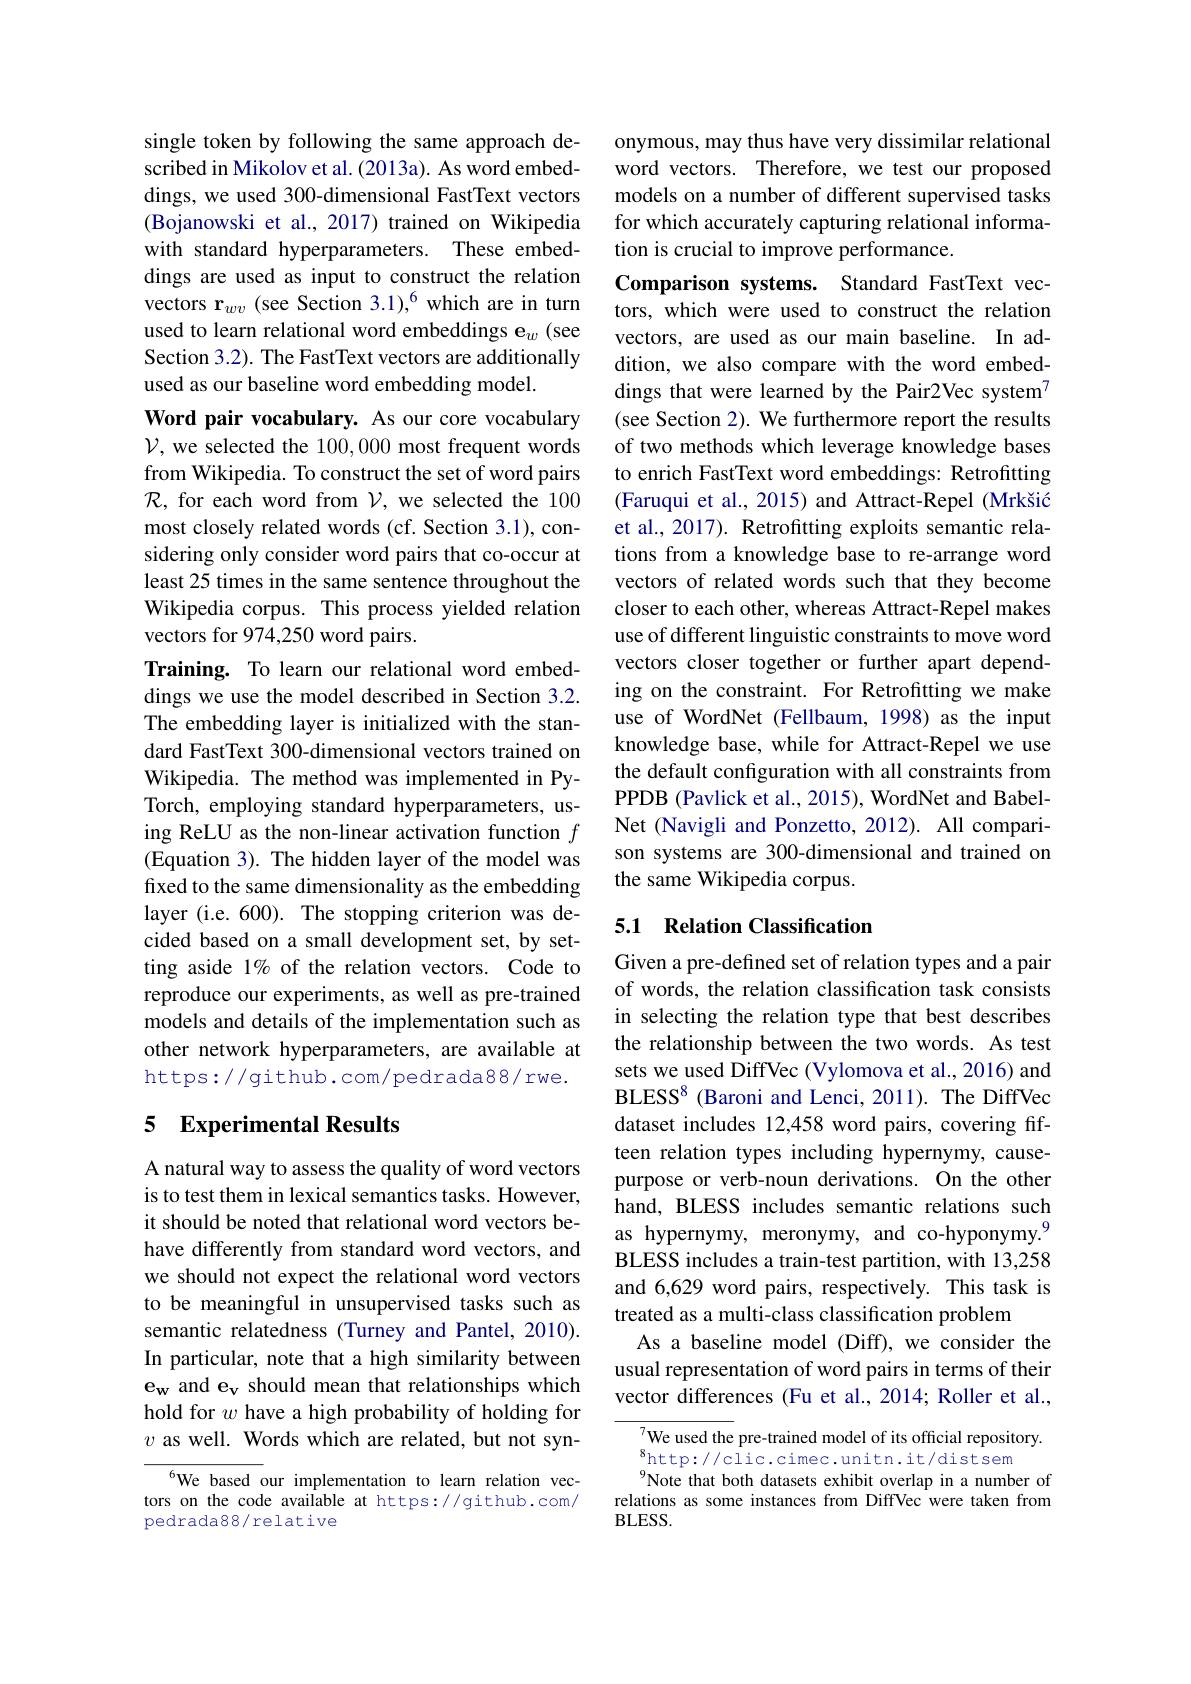
single token by following the same approach described in Mikolov et al. (2013a). As word embeddings, we used 300-dimensional FastText vectors (Bojanowski et al., 2017) trained on Wikipedia with standard hyperparameters. These embeddings are used as input to construct the relation vectors r$_wv$ (see Section 3.1),$^6$ which are in turn used to learn relational word embeddings e$_w$ ( see Section 3.2). The FastText vectors are additionally used as our baseline word embedding model.
Word pair vocabulary. As our core vocabulary $\mathcal{V}$, we selected the 100,000 most frequent words from Wikipedia. To construct the set of word pairs $\mathcal{R}$, for each word from $\mathcal{V}$, we selected the 100 most closely related words (cf. Section 3.1), considering only consider word pairs that co-occur at least 25 times in the same sentence throughout the Wikipedia corpus. This process yielded relation vectors for 974,250 word pairs.
Training. To learn our relational word embeddings we use the model described in Section 3.2. The embedding layer is initialized with the standard FastText 300-dimensional vectors trained on Wikipedia. The method was implemented in PyTorch, employing standard hyperparameters, using ReLU as the non-linear activation function $f$ (Equation 3). The hidden layer of the model was fixed to the same dimensionality as the embedding layer (i.e.600). The stopping criterion was decided based on a small development set, by setting aside 1% of the relation vectors. Code to reproduce our experiments, as well as pre-trained models and details of the implementation such as other network hyperparameters, are available at https://github.com/pedrada88/rwe.

## 5 Experimental Results

A natural way to assess the quality of word vectors is to test them in lexical semantics tasks. However, it should be noted that relational word vectors behave differently from standard word vectors, and we should not expect the relational word vectors to be meaningful in unsupervised tasks such as semantic relatedness (Turney and Pantel, 2010). In particular, note that a high similarity between e_w and e_v should mean that relationships which hold for $w$ have a high probability of holding for $v$ as well. Words which are related, but not syn-

$^{6}$We based our implementation to learn relation vectors on the code available at https://github.com/ pedrada88/relative

onymous, may thus have very dissimilar relational word vectors. Therefore, we test our proposed models on a number of different supervised tasks for which accurately capturing relational information is crucial to improve performance.
Comparison systems. Standard FastText vectors, which were used to construct the relation vectors, are used as our main baseline. In addition, we also compare with the word embeddings that were learned by the Pair2Vec system$^{7}$ (see Section 2). We furthermore report the results of two methods which leverage knowledge bases to enrich FastText word embeddings: Retrofitting (Faruqui et al., 2015) and Attract-Repel (Mrkšić et al., 2017). Retrofitting exploits semantic relations from a knowledge base to re-arrange word vectors of related words such that they become closer to each other, whereas Attract-Repel makes use of different linguistic constraints to move word vectors closer together or further apart depending on the constraint. For Retrofitting we make use of WordNet (Fellbaum, 1998) as the input knowledge base, while for Attract-Repel we use the default configuration with all constraints from PPDB (Pavlick et al., 2015), WordNet and BabelNet (Navigli and Ponzetto, 2012). All comparison systems are 300-dimensional and trained on the same Wikipedia corpus.

## 5.1 Relation Classification

Given a pre-defined set of relation types and a pair of words, the relation classification task consists in selecting the relation type that best describes the relationship between the two words. As test sets we used DiffVec (Vylomova et al., 2016) and BLESS$^{8}$ (Baroni and Lenci, 2011). The DiffVec dataset includes 12,458 word pairs, covering fifteen relation types including hypernymy, causepurpose or verb-noun derivations. On the other hand, BLESS includes semantic relations such as hypernymy, meronymy, and co-hyponymy.$^{9}$ BLESS includes a train-test partition, with 13,258 and 6,629 word pairs, respectively. This task is treated as a multi-class classification problem
As a baseline model (Diff), we consider the usual representation of word pairs in terms of their vector differences (Fu et al., 2014; Roller et al.,

$_{\mathrm{o}}^{7}$We used the pre-trained model of its official repository.
$_{0}^{8}$http://clic.cimec.unitn.it/distsem
Note that both datasets exhibit overlap in a number of relations as some instances from DiffVec were taken from $BLESS.$